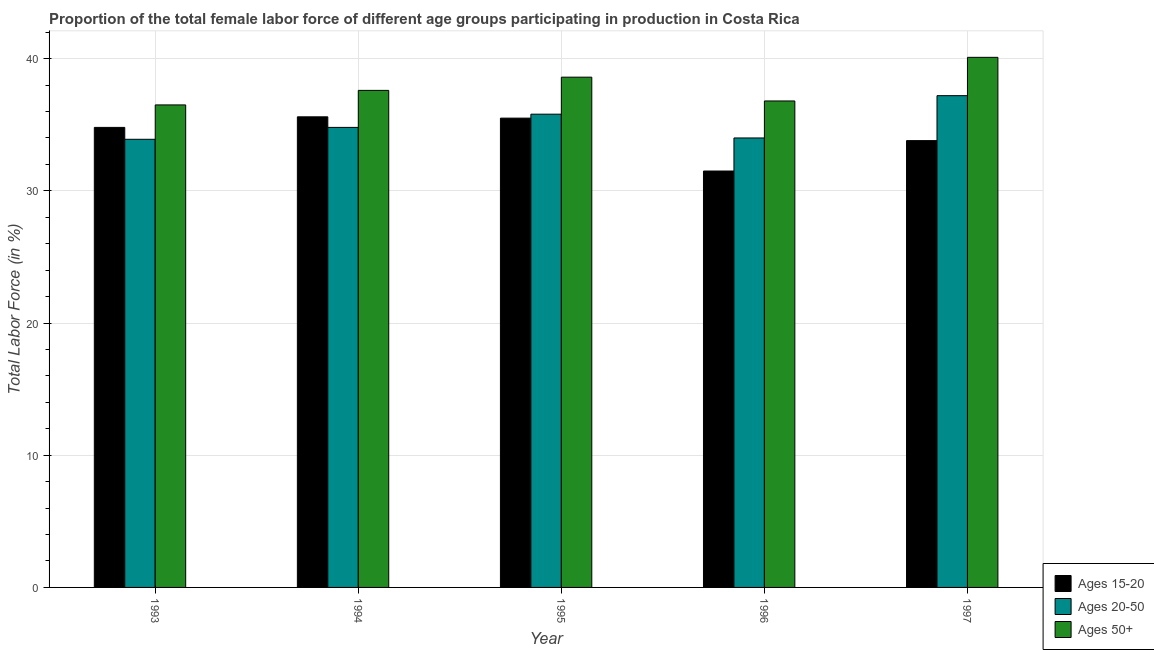
| Year | Ages 15-20 | Ages 20-50 | Ages 50+ |
 | --- | --- | --- | --- |
 | 1993 | 34.8 | 33.9 | 36.5 |
 | 1994 | 35.6 | 34.8 | 37.6 |
 | 1995 | 35.5 | 35.8 | 38.6 |
 | 1996 | 31.5 | 34 | 36.8 |
 | 1997 | 33.8 | 37.2 | 40.1 |